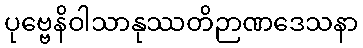
ပုဗ္ဗေနိဝါသာနုဿတိဉာဏဒေသနာ